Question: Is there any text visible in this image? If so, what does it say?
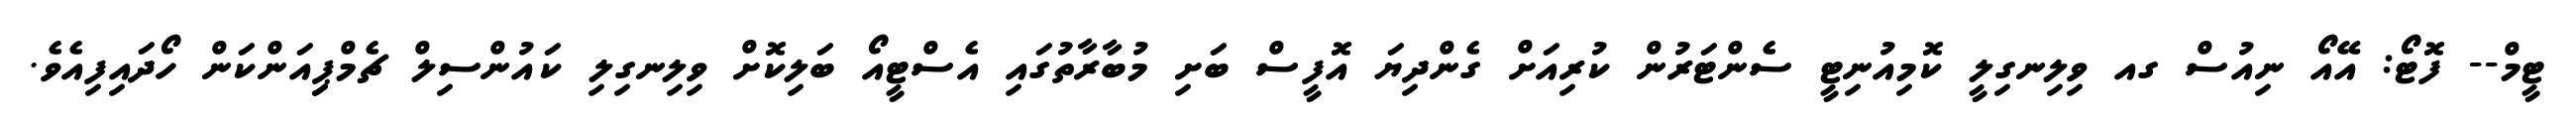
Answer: ޓީމް-- ފޮޓޯ: އޭއޯ ނިއުސް ގއ ވިލިނގިލީ ކޮމިއުނިޓީ ސެންޓަރުން ކުރިއަށް ގެންދިޔަ އޮފީސް ބަށި މުބާރާތުގައި އެސްޓީއޯ ބަލިކޮށް ވިލިނގިލި ކައުންސިލް ޗެމްޕިިއަންކަން ހޯދައިފިއެވެ.